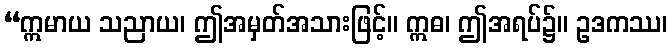
“ဣမာယ သညာယ၊ ဤအမှတ်အသားဖြင့်။ ဣဓ၊ ဤအရပ်၌။ ဥဒကဿ၊